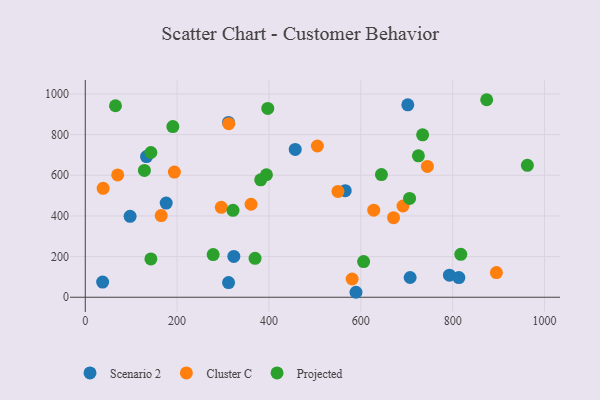
{"axis": {"x": "Investment", "y": "Rating"}, "legend": ["Cluster C", "Projected", "Scenario 2"], "data": [{"x": "176.2", "y": 463.3, "type": "Scenario 2"}, {"x": "566.1", "y": 524.0, "type": "Scenario 2"}, {"x": "311.9", "y": 859.8, "type": "Scenario 2"}, {"x": "37.8", "y": 74.8, "type": "Scenario 2"}, {"x": "457.2", "y": 726.9, "type": "Scenario 2"}, {"x": "707.4", "y": 97.2, "type": "Scenario 2"}, {"x": "323.5", "y": 200.8, "type": "Scenario 2"}, {"x": "97.6", "y": 398.0, "type": "Scenario 2"}, {"x": "312.0", "y": 72.2, "type": "Scenario 2"}, {"x": "133.4", "y": 691.7, "type": "Scenario 2"}, {"x": "702.3", "y": 946.3, "type": "Scenario 2"}, {"x": "793.0", "y": 108.5, "type": "Scenario 2"}, {"x": "813.5", "y": 96.8, "type": "Scenario 2"}, {"x": "589.5", "y": 24.4, "type": "Scenario 2"}, {"x": "671.3", "y": 391.4, "type": "Cluster C"}, {"x": "745.0", "y": 643.3, "type": "Cluster C"}, {"x": "895.3", "y": 121.1, "type": "Cluster C"}, {"x": "361.0", "y": 457.5, "type": "Cluster C"}, {"x": "505.4", "y": 743.9, "type": "Cluster C"}, {"x": "312.5", "y": 854.0, "type": "Cluster C"}, {"x": "296.2", "y": 442.1, "type": "Cluster C"}, {"x": "38.9", "y": 535.8, "type": "Cluster C"}, {"x": "691.9", "y": 448.9, "type": "Cluster C"}, {"x": "70.6", "y": 601.9, "type": "Cluster C"}, {"x": "550.2", "y": 520.7, "type": "Cluster C"}, {"x": "165.3", "y": 401.5, "type": "Cluster C"}, {"x": "581.1", "y": 89.8, "type": "Cluster C"}, {"x": "194.0", "y": 615.7, "type": "Cluster C"}, {"x": "628.2", "y": 428.5, "type": "Cluster C"}, {"x": "128.8", "y": 623.6, "type": "Projected"}, {"x": "397.4", "y": 929.0, "type": "Projected"}, {"x": "278.5", "y": 209.9, "type": "Projected"}, {"x": "369.7", "y": 191.4, "type": "Projected"}, {"x": "142.9", "y": 188.4, "type": "Projected"}, {"x": "725.4", "y": 695.6, "type": "Projected"}, {"x": "706.2", "y": 486.1, "type": "Projected"}, {"x": "382.0", "y": 577.7, "type": "Projected"}, {"x": "874.1", "y": 971.6, "type": "Projected"}, {"x": "65.8", "y": 941.9, "type": "Projected"}, {"x": "321.7", "y": 427.3, "type": "Projected"}, {"x": "734.6", "y": 798.7, "type": "Projected"}, {"x": "394.5", "y": 602.5, "type": "Projected"}, {"x": "817.7", "y": 211.3, "type": "Projected"}, {"x": "142.9", "y": 712.1, "type": "Projected"}, {"x": "962.7", "y": 649.1, "type": "Projected"}, {"x": "190.7", "y": 839.6, "type": "Projected"}, {"x": "644.9", "y": 603.3, "type": "Projected"}, {"x": "606.1", "y": 175.2, "type": "Projected"}]}